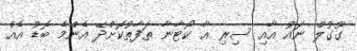
ގޫގުލް ނައު އާއި ސިރި އާ ކޯޓާނާ ތަފާތުކޮށްދޭ އެންމެ ބޮޑު އެއް